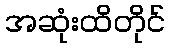
အဆုံးထိတိုင်